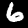
Label: 6